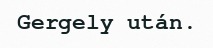
Gergely után.